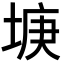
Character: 𡌻